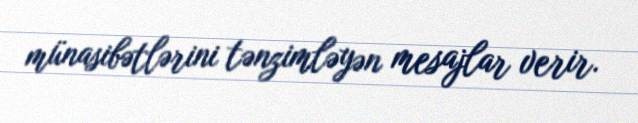
münasibətlərini tənzimləyən mesajlar verir.